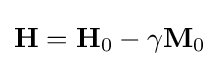
\mathbf {H} =\mathbf {H} _{0}-\gamma \mathbf {M} _{0}